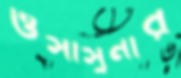
ওসাসুনার